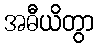
အဓီယိတွာ